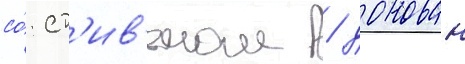
со́ ст'ив'еном / донован